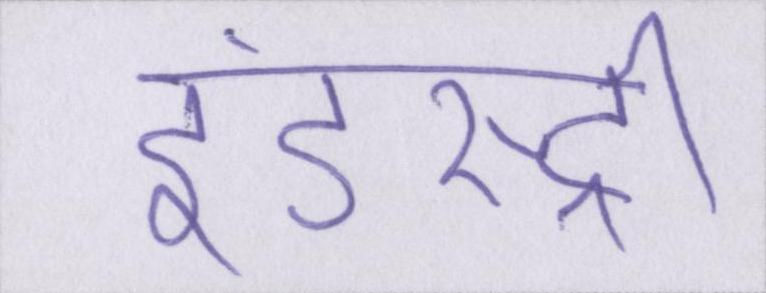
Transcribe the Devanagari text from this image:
इंडस्ट्री